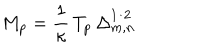
M _ { p } = \frac { 1 } { \kappa } \, T _ { p } \, \Delta _ { m , n } ^ { 1 / 2 }